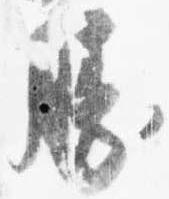
勝